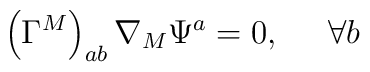
\left( \Gamma ^{M}\right) _{ab}\nabla _{M}\Psi ^{a}=0,\;\;\;\;\;\forall b